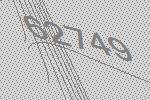
62749